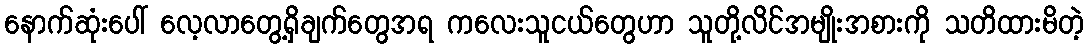
နောက်ဆုံးပေါ် လေ့လာတွေ့ရှိချက်တွေအရ ကလေးသူငယ်တွေဟာ သူတို့လိင်အမျိုးအစားကို သတိထားမိတဲ့